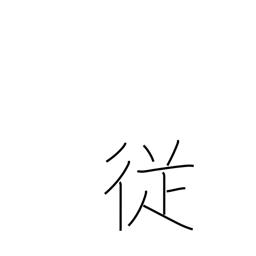
Meaning: incidental